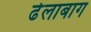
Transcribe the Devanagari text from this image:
ढेलाबाग